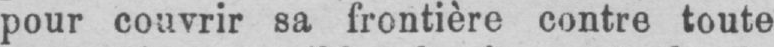
pour couvrir sa frontière contre toute